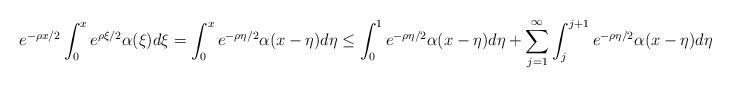
LaTeX: \begin{align*}e^{-\rho x/2}\int_0^x e^{\rho\xi/2}\alpha(\xi)d\xi=\int_0^x e^{-\rho \eta/2}\alpha(x-\eta)d\eta \le \int_0^1 e^{-\rho \eta/2}\alpha(x-\eta)d\eta+\sum_{j=1}^{\infty}\int_j^{j+1} e^{-\rho \eta/2}\alpha(x-\eta)d\eta\le\end{align*}